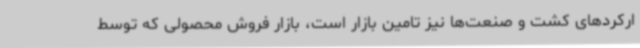
ارکردهای کشت و صنعت‌ها نیز تامین بازار است، بازار فروش محصولی که توسط